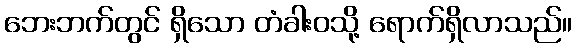
ဘေးဘက်တွင် ရှိသော တံခါးဝသို့ ရောက်ရှိလာသည်။